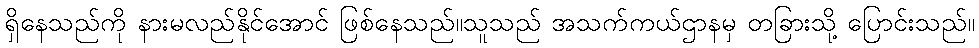
ရှိနေသည်ကို နားမလည်နိုင်အောင် ဖြစ်နေသည်။သူသည် အသက်ကယ်ဌာနမှ တခြားသို့ ပြောင်းသည်။